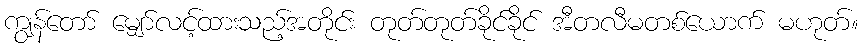
ကျွန်တော် မျှော်လင့်ထားသည့်အတိုင်း တုတ်တုတ်ခိုင်ခိုင် အီတလီမတစ်ယောက် မဟုတ်။